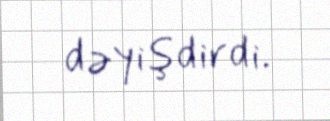
dəyişdirdi.